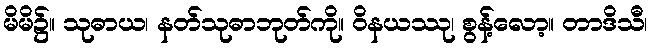
မိမိ၌။ သုဓာယ၊ နတ်သုဓာဘုတ်ကို။ ဝိနယဿု၊ စွန့်လော့။ တာဒိသီ၊